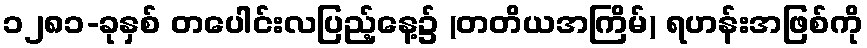
၁၂၈၁-ခုနှစ် တပေါင်းလပြည့်နေ့၌ (တတိယအကြိမ်) ရဟန်းအဖြစ်ကို